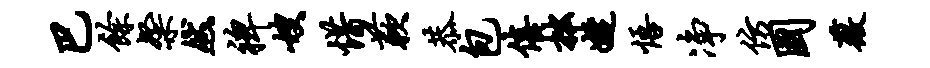
巴余粲然裨嫂惜蔌恭包僖拙婕悟净仿国薇